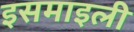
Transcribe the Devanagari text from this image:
इसमाइली